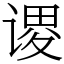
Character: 谡